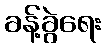
ခန့်ခွဲရေး